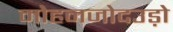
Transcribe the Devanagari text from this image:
मोहनजोदउड़ो